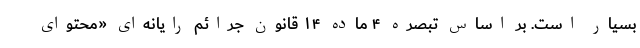
بسیار است. بر اساس تبصره ۴ ماده ۱۴ قانون جرائم رایانه‌ای «محتوای